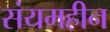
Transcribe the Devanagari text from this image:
संयमहीन